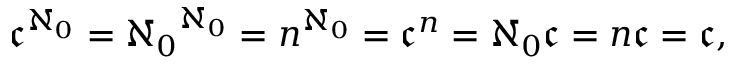
{ \mathfrak { c } } ^ { \aleph _ { 0 } } = { \aleph _ { 0 } } ^ { \aleph _ { 0 } } = n ^ { \aleph _ { 0 } } = { \mathfrak { c } } ^ { n } = \aleph _ { 0 } { \mathfrak { c } } = n { \mathfrak { c } } = { \mathfrak { c } } ,